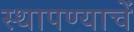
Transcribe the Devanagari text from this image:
स्थापण्याचें